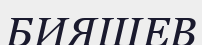
БИЯШЕВ